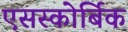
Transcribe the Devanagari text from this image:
एसस्कोर्बिक